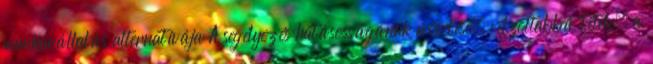
munkavállalás alternatívája A segélyezés hatásosságának növelése, célzottabbá tétele, a